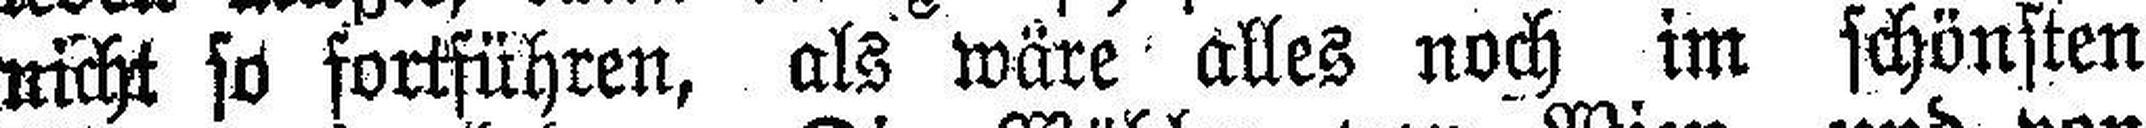
nicht so fortführen, als wäre alles noch im schönsten